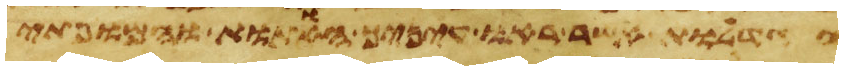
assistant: הגדלות אשר ראו עיניך האתות והמופתים